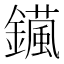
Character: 𨮇